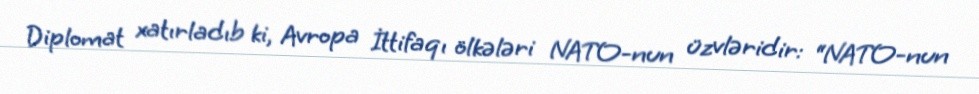
Diplomat xatırladıb ki, Avropa İttifaqı ölkələri NATO-nun üzvləridir: “NATO-nun